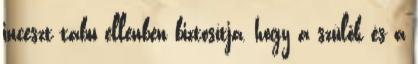
inceszt tabu ellenben biztosítja, hogy a szülők és a